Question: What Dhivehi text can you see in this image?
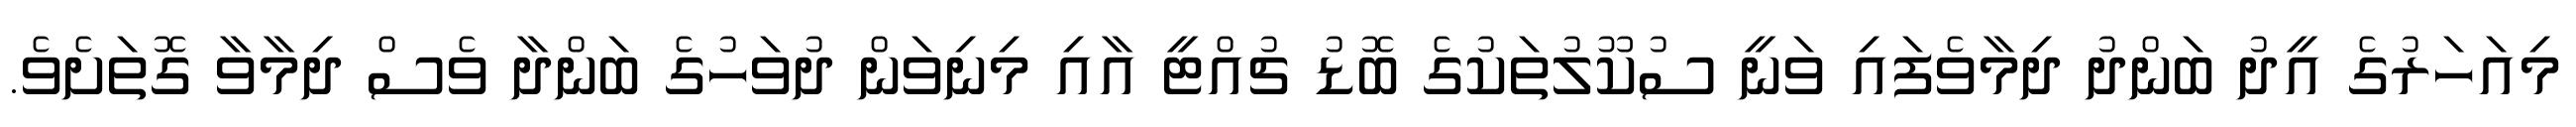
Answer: މިއަހަރުގެ އީދު ބަންދު ދިމާވެފައި ވަނީ ސުކޫލުތަކުގެ ބޮޑު ޗުއްޓީ އާއި މިނިވަން ދުވަހުގެ ބަންދާ ވެސް ދިމާވާ ގޮތަށެވެ.